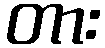
တား